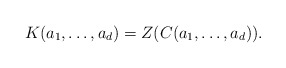
\begin{align*}K(a_1,\ldots,a_d)=Z(C(a_1,\ldots,a_d)).\end{align*}